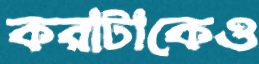
করাটাকেও